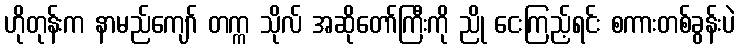
ဟိုတုန်းက နာမည်ကျော် တက္က သိုလ် အဆိုတော်ကြီးကို ညို ငေးကြည့်ရင်း စကားတစ်ခွန်းပဲ